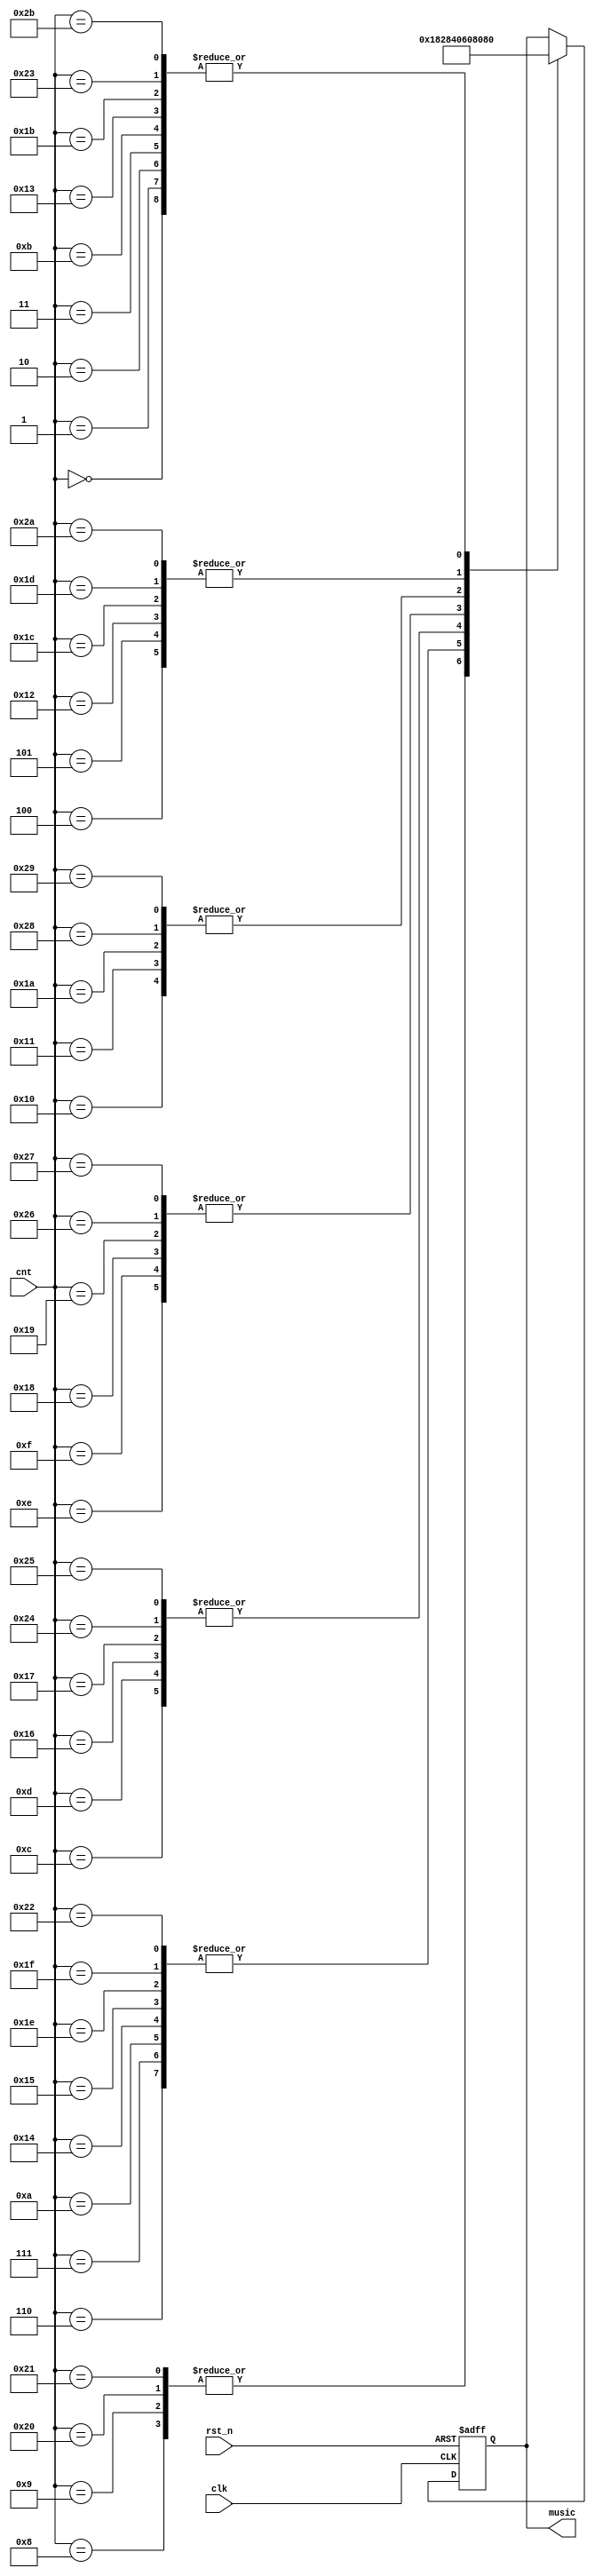
`timescale 1ns / 1ps
//////////////////////////////////////////////////////////////////////////////////
// Company: 
// Engineer: 
// 
// Design Name: 
// Module Name: Library
// Project Name: 
// Target Devices: 
// Tool Versions: 
// Description: 
// 
// Dependencies: 
// 
// Revision:
// Revision 0.01 - File Created
// Additional Comments:
// 
//////////////////////////////////////////////////////////////////////////////////


module Library (
    input clk,
    input rst_n,
    input [6:0] cnt,  //
    output reg [6:0] music  //
);
  //21178141521music7
  //"--"0
  always @(posedge clk, negedge rst_n) begin
    if (~rst_n) music <= 7'd0;
    else
      case (cnt)  //TODO:,case(cnt,flag)
        7'd0: music <= 7'd0;
        7'd1: music <= 7'd0;
        7'd2: music <= 7'd0;
        7'd3:
        music <= 7'd0;//2

        7'd4: music <= 7'd1;
        7'd5: music <= 7'd1;
        7'd6: music <= 7'd5;
        7'd7: music <= 7'd5;

        7'd8:  music <= 7'd6;
        7'd9:  music <= 7'd6;
        7'd10: music <= 7'd5;
        7'd11: music <= 7'd0;

        7'd12: music <= 7'd4;
        7'd13: music <= 7'd4;
        7'd14: music <= 7'd3;
        7'd15: music <= 7'd3;

        7'd16: music <= 7'd2;
        7'd17: music <= 7'd2;
        7'd18: music <= 7'd1;
        7'd19: music <= 7'd0;

        7'd20: music <= 7'd5;
        7'd21: music <= 7'd5;
        7'd22: music <= 7'd4;
        7'd23: music <= 7'd4;

        7'd24: music <= 7'd3;
        7'd25: music <= 7'd3;
        7'd26: music <= 7'd2;
        7'd27: music <= 7'd0;

        7'd28: music <= 7'd1;
        7'd29: music <= 7'd1;
        7'd30: music <= 7'd5;
        7'd31: music <= 7'd5;

        7'd32: music <= 7'd6;
        7'd33: music <= 7'd6;
        7'd34: music <= 7'd5;
        7'd35: music <= 7'd0;

        7'd36: music <= 7'd4;
        7'd37: music <= 7'd4;
        7'd38: music <= 7'd3;
        7'd39: music <= 7'd3;

        7'd40: music <= 7'd2;
        7'd41: music <= 7'd2;
        7'd42: music <= 7'd1;
        7'd43: music <= 7'd0;
      endcase
  end






endmodule